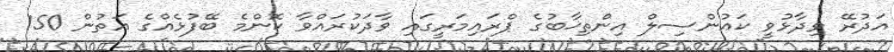
އަދުރޭ ވިދާޅުވީ ކައުންސިލް އިންތިޚާބުގެ ޕްރައިމަރީގައި ވާދަކުރައްވާ ކޮންމެ ބޭފުޅެއްގެ އަތުން 150